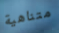
متناهية